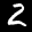
Label: 2